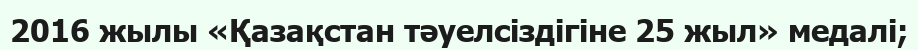
2016 жылы «Қазақстан тәуелсіздігіне 25 жыл» медалі;